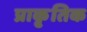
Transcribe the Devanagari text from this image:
प्राकृ्तिक